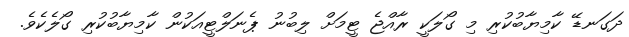
ދަގަނޑޭ ކާމިޔާބުކުރި މި ގޯލަކީ ރާއްޖެ ޓީމަށް ލިބުނު ޕެނަލްޓީއަކުން ކާމިޔާބުކުރި ގޯލެކެވެ.